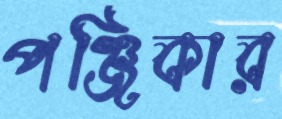
পঞ্জিকার